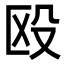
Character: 殴